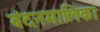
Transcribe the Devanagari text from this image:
बंदनमालिका